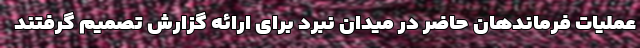
عملیات فرماندهان حاضر در میدان نبرد برای ارائه گزارش تصمیم گرفتند